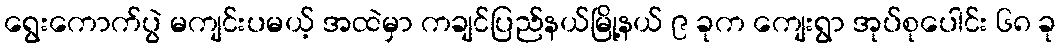
ရွေးကောက်ပွဲ မကျင်းပမယ့် အထဲမှာ ကချင်ပြည်နယ်မြို့နယ် ၉ ခုက ကျေးရွာ အုပ်စုပေါင်း ၆၈ ခု